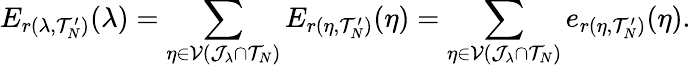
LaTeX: E_{r(\lambda,\mathcal{T}_{N}^{\prime})}(\lambda)=\sum_{\eta\in\mathcal{V}(\mathcal{J}_{\lambda}\cap\mathcal{T}_{N})}E_{r(\eta,\mathcal{T}_{N}^{\prime})}(\eta)=\sum_{\eta\in\mathcal{V}(\mathcal{J}_{\lambda}\cap\mathcal{T}_{N})}e_{r(\eta,\mathcal{T}_{N}^{\prime})}(\eta).